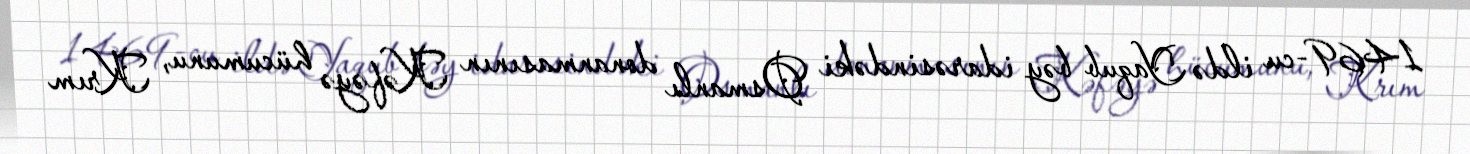
1469-cu ildə Yaqub bəy idarəsindəki Osmanlı donanmasının Kəfəyə hücumunu, Krım